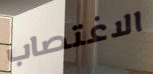
الاغتصاب